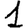
Digit: 1